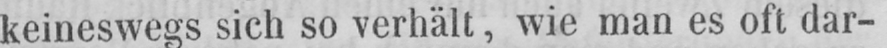
keineswegs sich so verhält, wie man es oft dar-